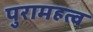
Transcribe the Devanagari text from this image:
पुरामहत्व